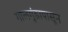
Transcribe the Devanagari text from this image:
गालगुंडापासून